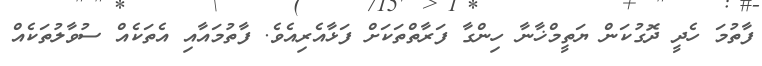
ފާތުމަ ހެދީ ދޮގުކަން ޔަތީމްޚާނާ ހިންގާ ފަރާތްތަކަށް ފަޅާއެރިއެވެ. ފާތުމައާއި އެތަކެއް ސުވާލުތަކެއް